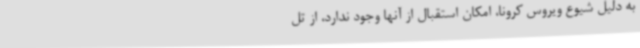
به دلیل شیوع ویروس کرونا، امکان استقبال از آنها وجود ندارد، از تل